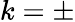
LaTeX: k=\pm